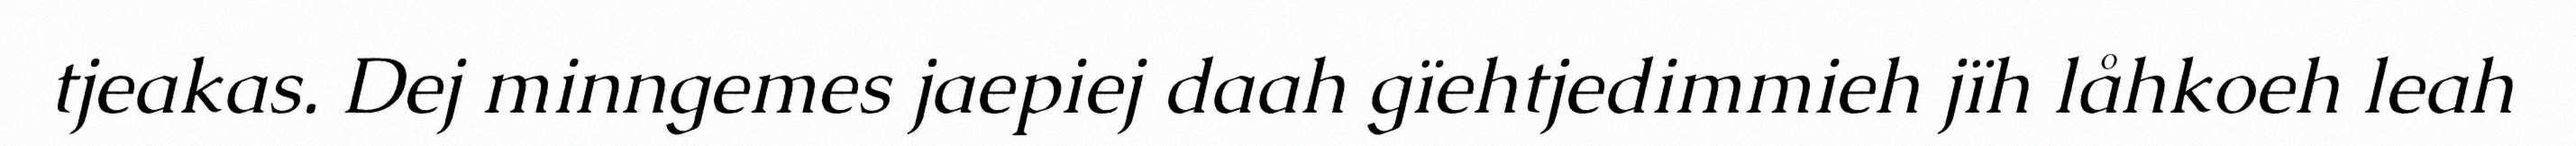
tjeakas. Dej minngemes jaepiej daah gïehtjedimmieh jïh låhkoeh leah